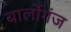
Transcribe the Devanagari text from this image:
बार्लोगंज